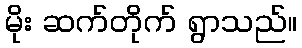
မိုး ဆက်တိုက် ရွာသည်။